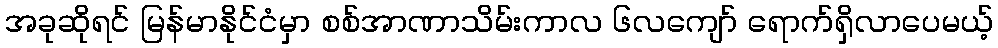
အခုဆိုရင် မြန်မာနိုင်ငံမှာ စစ်အာဏာသိမ်းကာလ ၆လကျော် ရောက်ရှိလာပေမယ့်